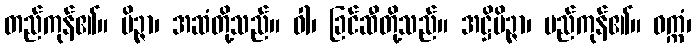
တည်ကုန်၏။ မိဉ္ဇာ၊ အဆံတို့သည်။ ဝါ၊ ခြင်ဆီတို့သည်။ အဋ္ဌိမိဉ္ဇာ၊ မည်ကုန်၏။ ဝက္ကံ၊